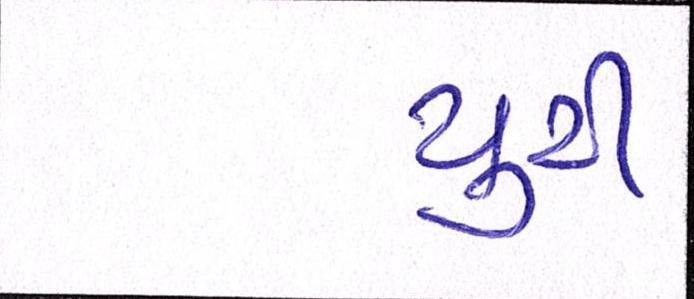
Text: યુરી